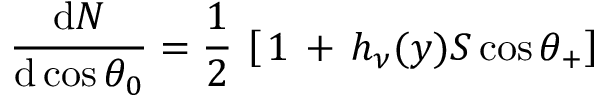
{ \frac { \mathrm { d } N } { \mathrm { d } \cos \theta _ { 0 } } } = { \frac { 1 } { 2 } } \, \left[ \, 1 \, + \, h _ { \nu } ( y ) S \cos \theta _ { + } \right]